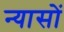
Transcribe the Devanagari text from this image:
न्‍यासों